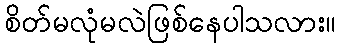
စိတ်မလုံမလဲဖြစ်နေပါသလား။